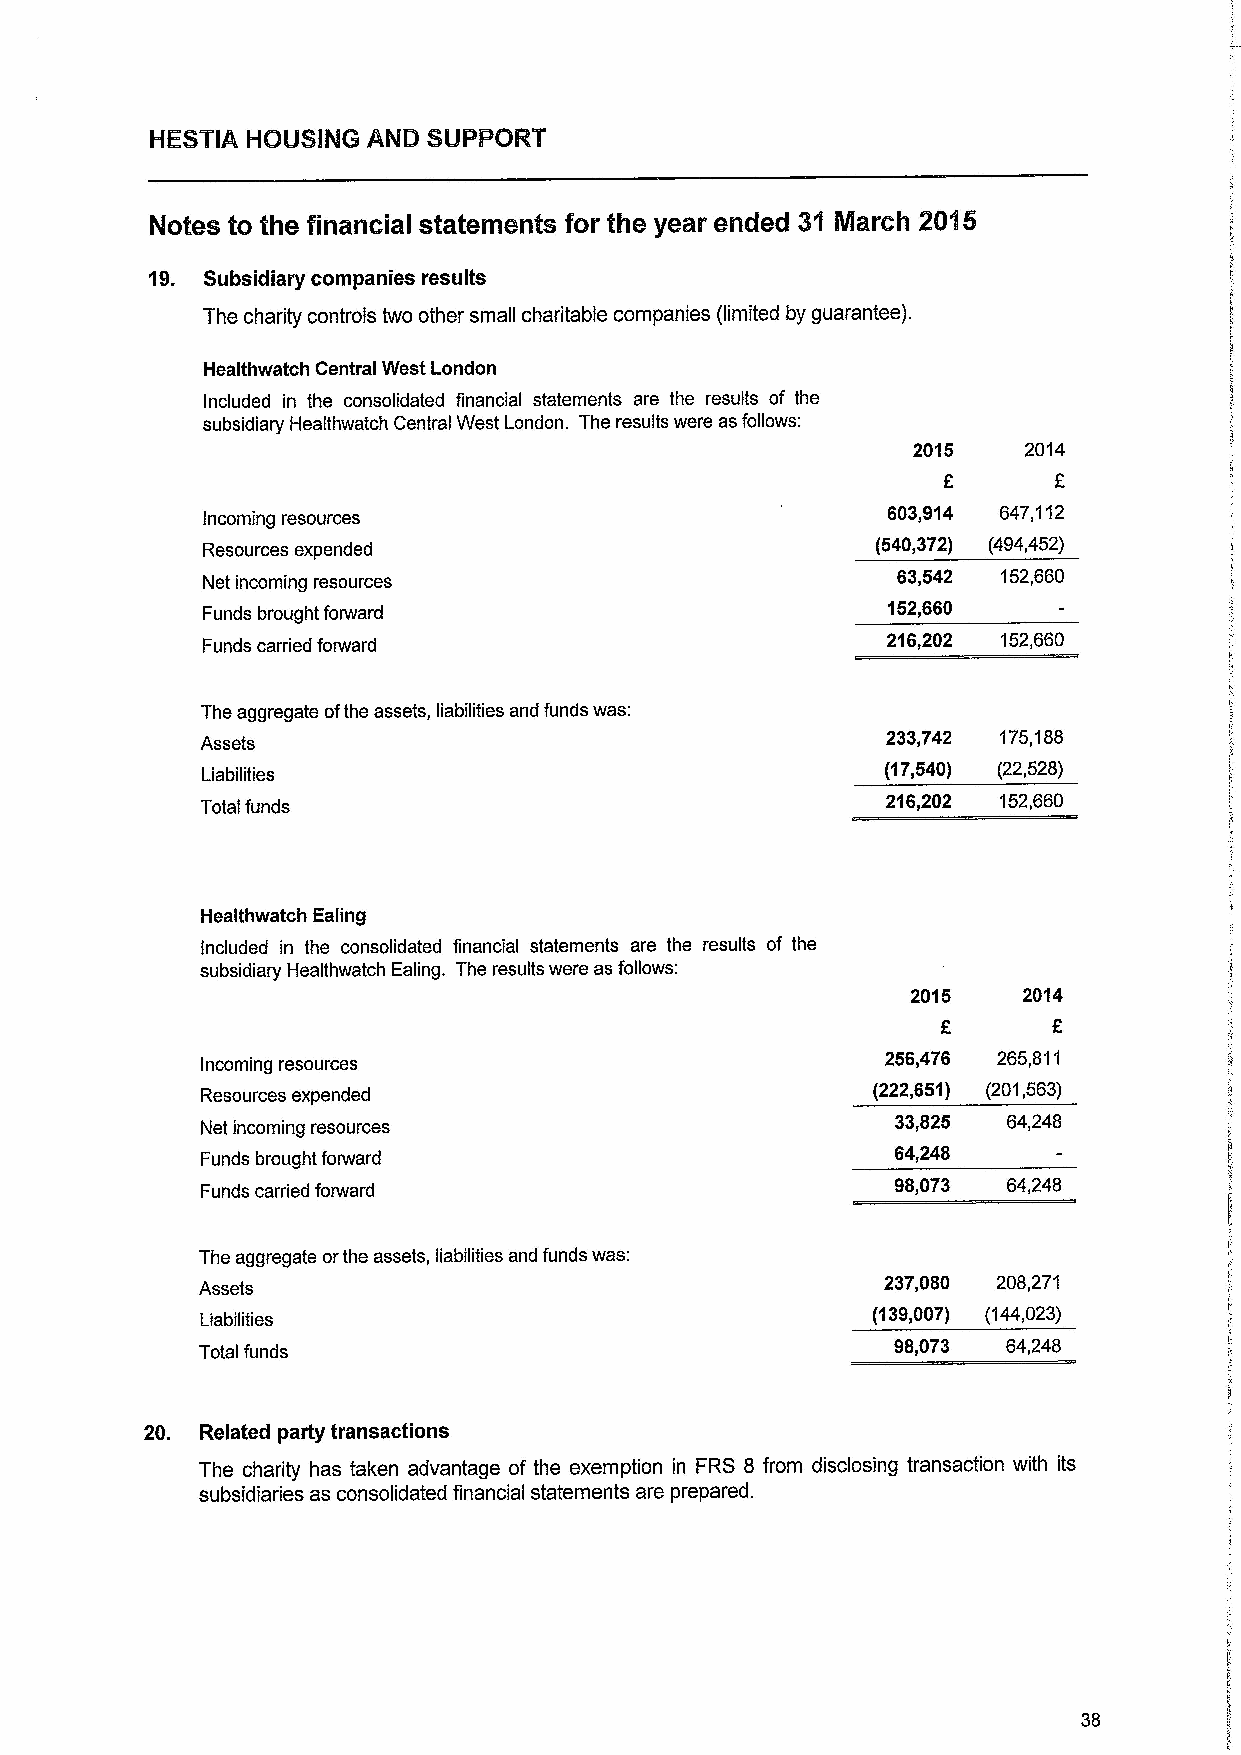
Notes to the financial statements for the year ended 31 March 2015
 19. Subsidiary companies results
 The charity controls two other small charitable companies (limited by guarantee).
 Healthwatch Central West London
 Included in the consolidated financial statements are the results of the
 subsidiary Healthwatch Central West London. The results were asfollows:
 2015    2014
 F
 Incoming resources
 603,914 647,112
 Resources expended                           (540,372) (494,452)
 Net incoming resources                        63,542 152,660
 152,660
 Funds brought forward
 Funds carried forward
 216,202 152,660
 The aggregate ofthe assets, liabilities and funds was:
 Assets                                        233,742 175,188
 Liabilities
 (17,540) (22,528)
 216,202 152,660
 Total funds
 Healthwatch Ealing
 Included in the consolidated financial statements are the results of the
 subsidiary Healthwatch Ealing. The results were as follows:
 2015    2014
 E
 Incoming resources
 256,476 265,811
 Resources expended                           (222,651) (201,563)
 Net incoming resources                        33,825  64,248
 Funds brought forward
 64,248
 Funds carried forward
 98,073  64,248
 The aggregate orthe assets, liabilities and funds was:
 Assets                                       237,080 208,271
 (139,007) (144,023)
 Liabilities
 98,073  64,248
 Total funds
 20. Related party transactions
 The charity has taken advantage of the exemption in FRS 8 from disclosing transaction with its
 subsidiaries as consolidated financial statements are prepared.
 38